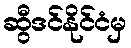
ဆွီဒင်နိုင်ငံမှ